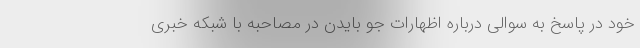
خود در پاسخ به سوالی درباره اظهارات جو بایدن در مصاحبه با شبکه خبری